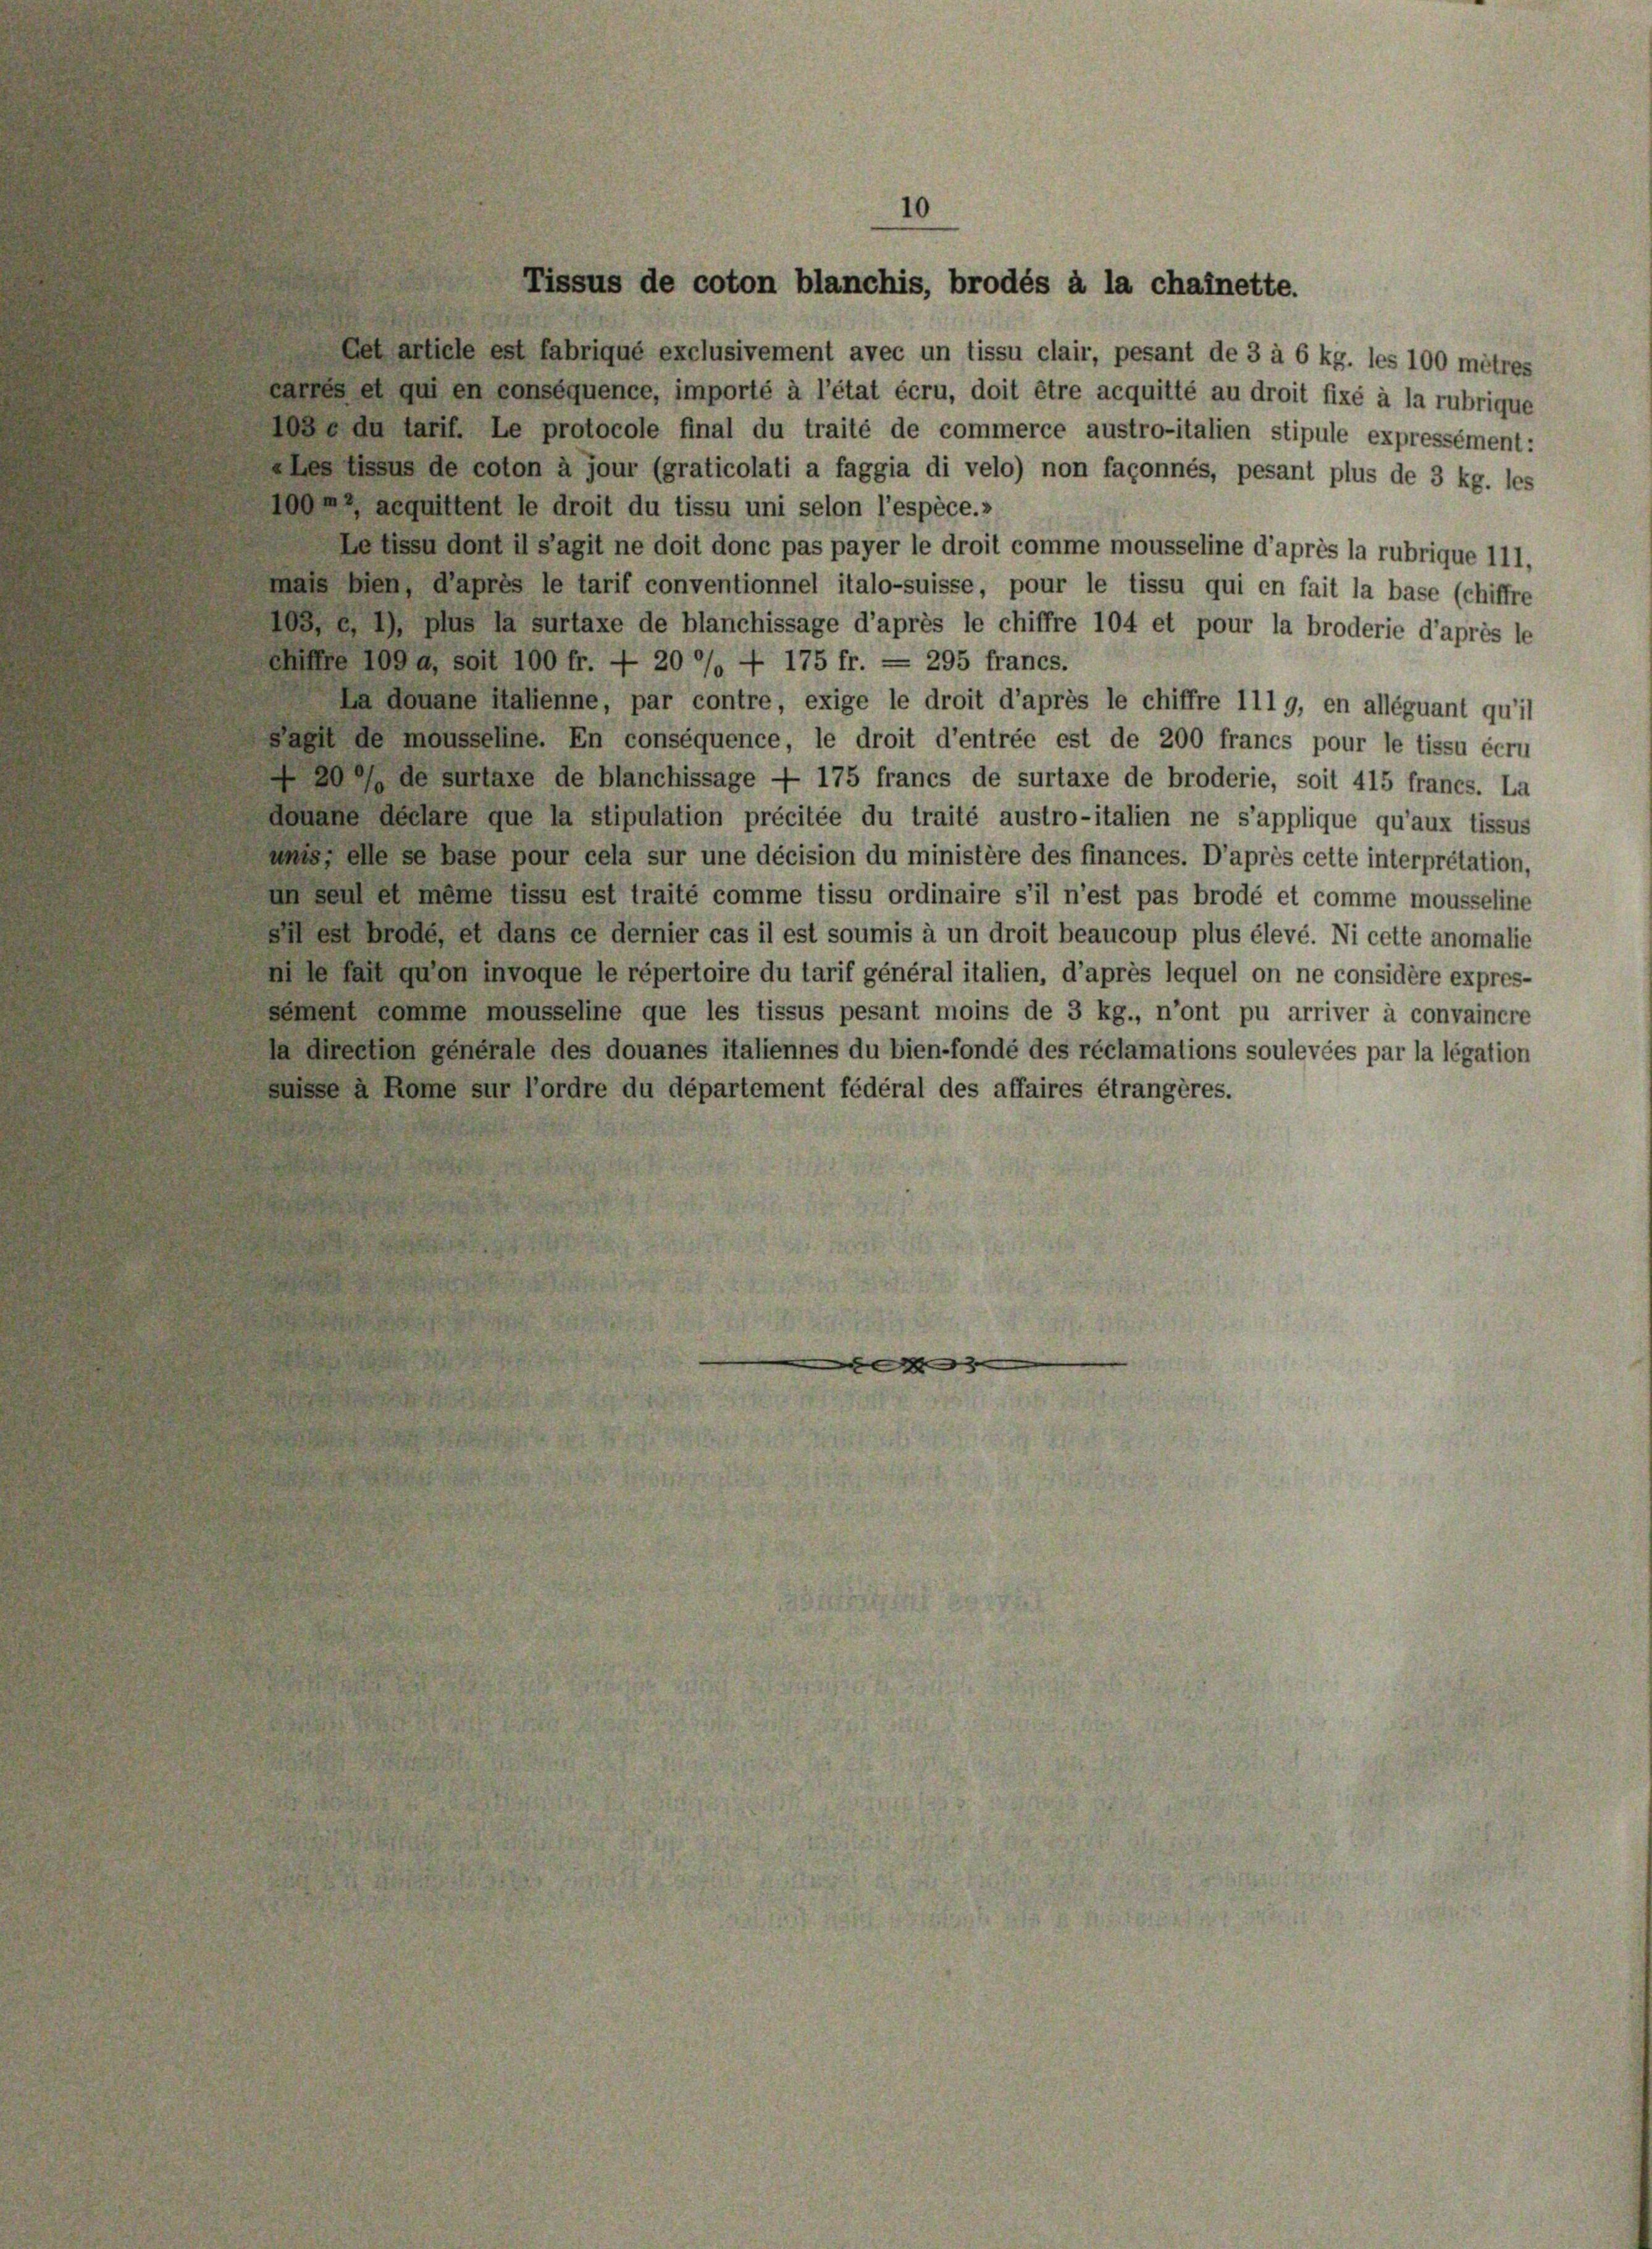
10

Tissus de coton blanchis, brodés à la chainette.

bel artiele est fabrique exclusivement avec un tissu clair, pesant de 3 à 6 kg. les 100 mètres
carres et qui en conséquence, importé à l’état écru, doit être acquitté au droit fixé à la rubrique
103 du tarif. Le protocole final du traité de commerce austro-italien stipule expressément:
les bissus de coton à jour (graticolati a faggia di velo) non façonnés, pesant plus de 3 kg. les
1002 aequittent le droit du tissu uni selon l’espèce.»
Le bissu dont il s’agit ne doit donc pas payer le droit comme mousseline d’après la rubrique 111,
mais bien, Paprès le tarif conventionnel italo-suisse, pour le tissu qui en fait la base (chiffre
103. 6. 4) plus la surtaxe de blanchissage d’après le chiffre 104 et pour la broderie d’après le
Chiffre 109 a, soit 100 fr. 4 20 / — 175 fr. = 295 francs.
la douane Italienne, par contre, exige le droit d’après le chiffre 1119, en alléguant qu’il
Damit de moussehne. En conséquence, le droit d’entrée est de 200 francs pour le tissu cern
 90 de surtaxe de blanchissage — 175 francs de surtaxe de broderie, soil 415 francs. La
douane déclare que la stipulation précitée du traité austro-italien ne s’applique qu’aux tissus
unt, alle se base pour cela sur une décision du ministère des finances. D’après cette interpretation,
un seul et meine lissu est traité comme tissu ordinaire s’il n’est pas brodé et comme mousseline
si est brode, et dans ce dernier cas il est soumis à un droit beaucoup plus élevé. Ni cette anomalie
ni de fait qu’on invoque le répertoire du tarif général italien, d’après lequel on ne considère expres-
sement komme mousseline que les tissus pesant moins de 3 kg., n’ont pu arriver à convaincre
Ja direction générale des douanes italiennes du bien-fondé des réclamations soulevées par la légation
suisse à Rome sur l’ordre du département fédéral des affaires étrangères.

3